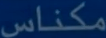
مكناس